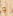
و